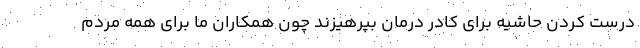
درست کردن حاشیه برای کادر درمان بپرهیزند چون همکاران ما برای همه مردم